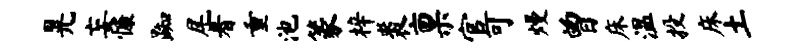
晃妄慷踟尾着重池篆梓裘禀官可熳曾床温投床土